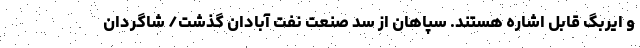
و ایربگ قابل اشاره هستند. سپاهان از سد صنعت نفت آبادان گذشت/ شاگردان